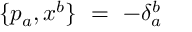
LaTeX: \{ p _ { a } , x ^ { b } \} \ = \ - \delta _ { a } ^ { b }